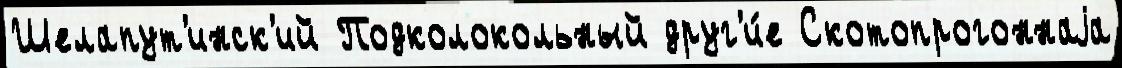
Шелапут'инск'ий Подколокольный друг'и́е Скотопрогоннаjа